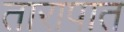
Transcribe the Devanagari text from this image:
तारापात